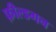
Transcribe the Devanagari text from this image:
फ़ील्डगन